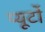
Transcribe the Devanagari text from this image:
प्‍यूर्टो